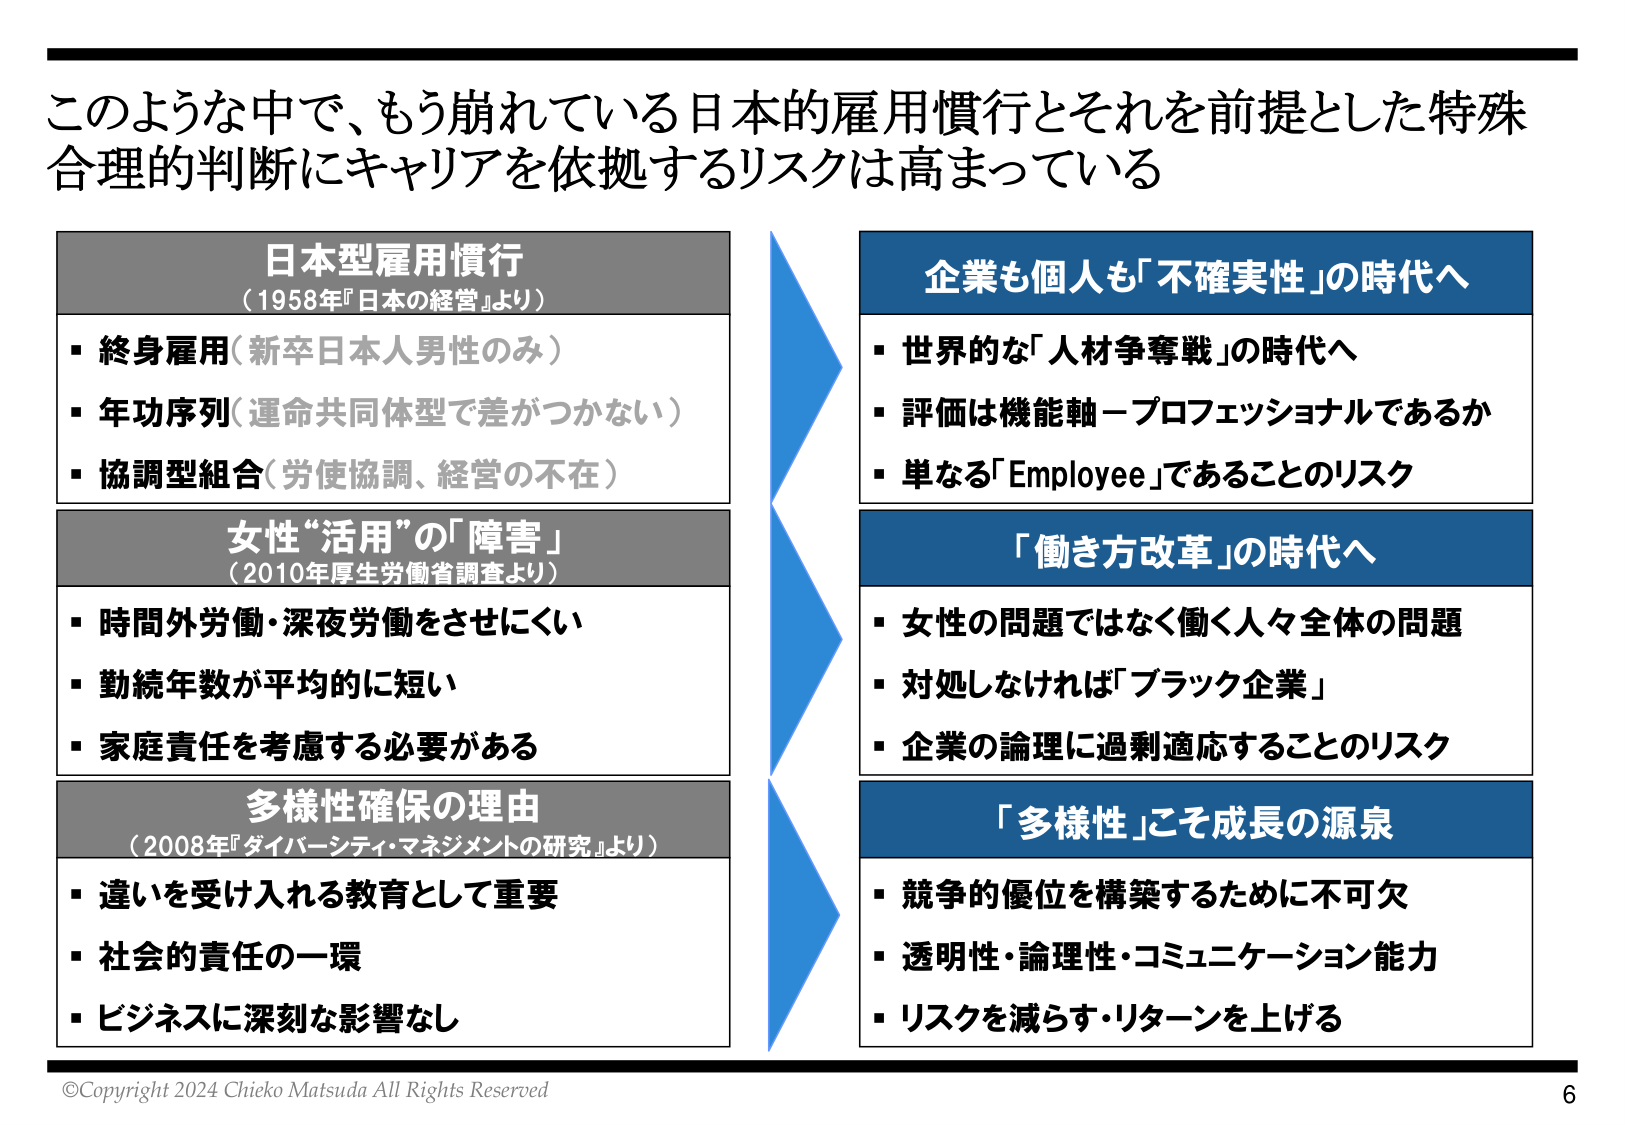
このような中で、もう崩れている日本的雇用慣行とそれを前提とした特殊合理的判断にキャリアを依拠するリスクは高まっている

日本型雇用慣行
（1958『日本の経営』より）
・終身雇用（新卒日本人男性のみ）
・年功序列（運命共同体型で差がつかない）
・協調型組合（労使協調、経営の不在）

女性“活用”の「障害」
（2010年厚生労働省調査より）
・時間外労働・深夜労働をさせにくい
・勤続年数が平均的に短い
・家庭責任を考慮する必要がある

多様性確保の理由
（2008年『ダイバーシティ・マネジメントの研究』より）
・違いを受け入れる教育として重要
・社会的責任の一環
・ビジネスに深刻な影響なし

企業も個人も「不確実性」の時代へ
・世界的な「人材争奪戦」の時代へ
・評価は機能軸－プロフェッショナルであるか
・単なる「Employee」であることのリスク

「働き方改革」の時代へ
・女性の問題ではなく働く人々全体の問題
・対処しなければ「ブラック企業」
・企業の論理に過剰適応することのリスク

「多様性」こそ成長の源泉
・競争的優位を構築するために不可欠
・透明性・論理性・コミュニケーション能力
・リスクを減らす・リターンを上げる

©Copyright 2024 Chieko Matsuda All Rights Reserved
6